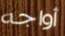
أواجه